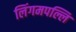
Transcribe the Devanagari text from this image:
लिंगमपल्लि